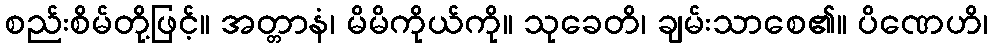
စည်းစိမ်တို့ဖြင့်။ အတ္တာနံ၊ မိမိကိုယ်ကို။ သုခေတိ၊ ချမ်းသာစေ၏။ ပိဏေဟိ၊